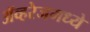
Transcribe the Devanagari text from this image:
ॲव्हरेजमध्ये